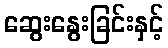
ဆွေးနွေးခြင်းနှင့်